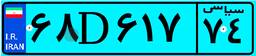
۱۵D۸۸۵۴۹